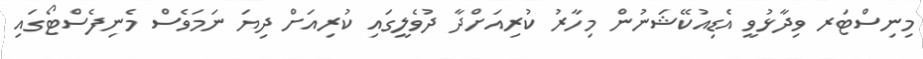
މިނިސްޓަރ ވިދާޅުވީ އެޑިއުކޭޝަނުން މިހާރު ކުރިއަށްދާ ދުވެލީގައި ކުރިއަށް ދިޔަ ނަމަވެސް މެނިފެސްޓޯގައި